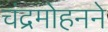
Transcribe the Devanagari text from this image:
चंद्रमोहनने